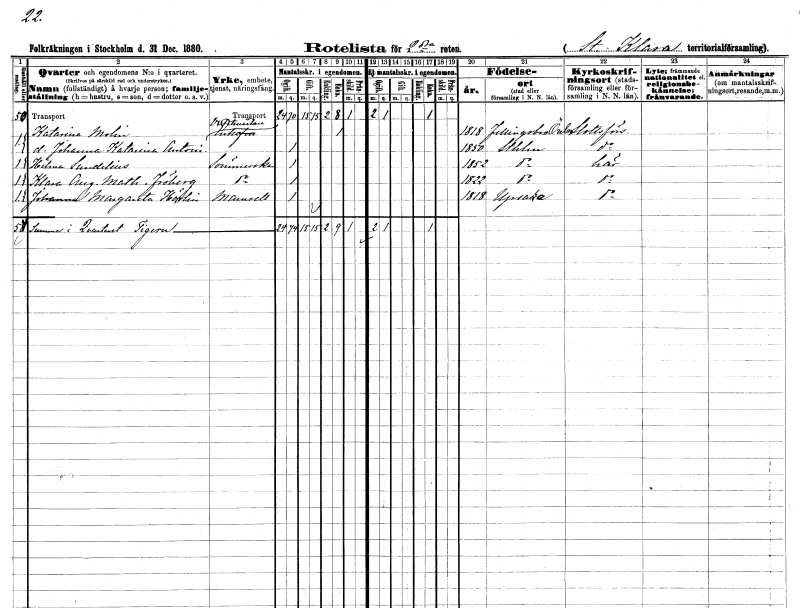
gt_parse: households: individuals: FN: Katarina
EN: Molin
YRKE: Vaktmästareänka
KON: K
CIV: E
FODAR: 1818
FODFORS: Fellingsbro Örebro län
FN: Johanna Katarina Antonia
KON: K
CIV: O
FODAR: 1850
FODFORS: Stockholm
FN: Hilma
EN: Sundelius
YRKE: Sömmerska
KON: K
CIV: O
FODAR: 1852
FODFORS: Stockholm
FN: Klara Augusta Mathilda
EN: Fröberg
YRKE: Sömmerska
KON: K
CIV: O
FODAR: 1822
FODFORS: Stockholm
FN: Johanna Margareta
EN: Hörlin
KON: K
CIV: O
FODAR: 1818
FODFORS: Uppsala Uppsala län